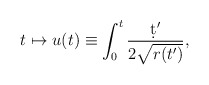
\begin{align*}t \mapsto u(t)\equiv \int_0^t \frac{\d t'}{2\sqrt{r(t')}},\end{align*}